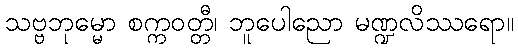
သဗ္ဗဘုမ္မော စက္ကဝတ္တီ၊ ဘူပေါညော မဏ္ဍလိဿရော။